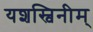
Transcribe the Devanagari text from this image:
यशस्विनीम्‌